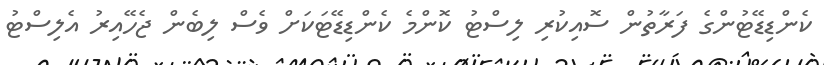
ކެންޑިޑޭޓުންގެ ފަރާތުން ސޮއިކުރި ލިސްޓު ކޮންމެ ކެންޑިޑޭޓަކަށް ވެސް ލިބެން ޖެހޭއިރު އެލިސްޓު